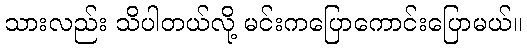
သားလည်း သိပါတယ်လို့ မင်းကပြောကောင်းပြောမယ်။